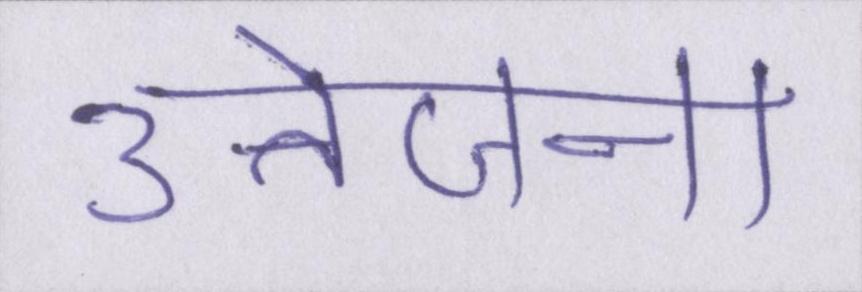
उत्तेजना